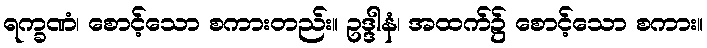
ရက္ခဏံ၊ စောင့်သော စကားတည်း။ ဥဒ္ဒါနံ၊ အထက်၌ စောင့်သော စကား။